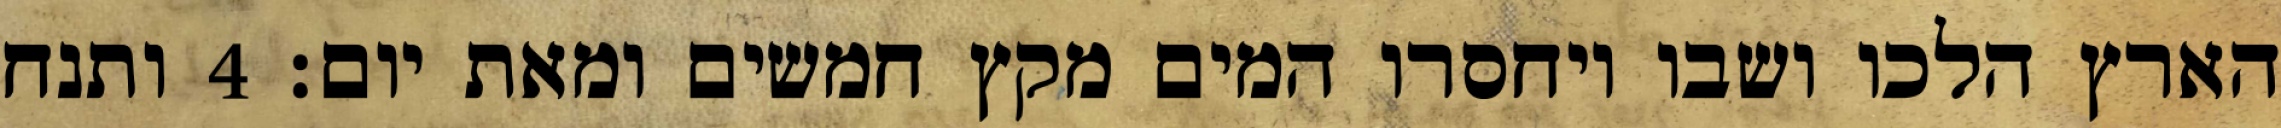
הארץ הלכו ושבו ויחסרו המים מקץ חמשים ומאת יום׃ ‎4‏ ותנח